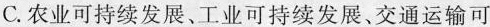
C.农业可持续发展、工业可持续发展、交通运输可